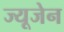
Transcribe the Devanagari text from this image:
ज्यूजेन